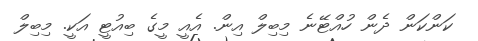
ކަންކަން ދެން ހުއްޓޭނެ މިބިލް އިން. އެއީ މީގެ ބިއުޓީ އަކީ. މިބިލް